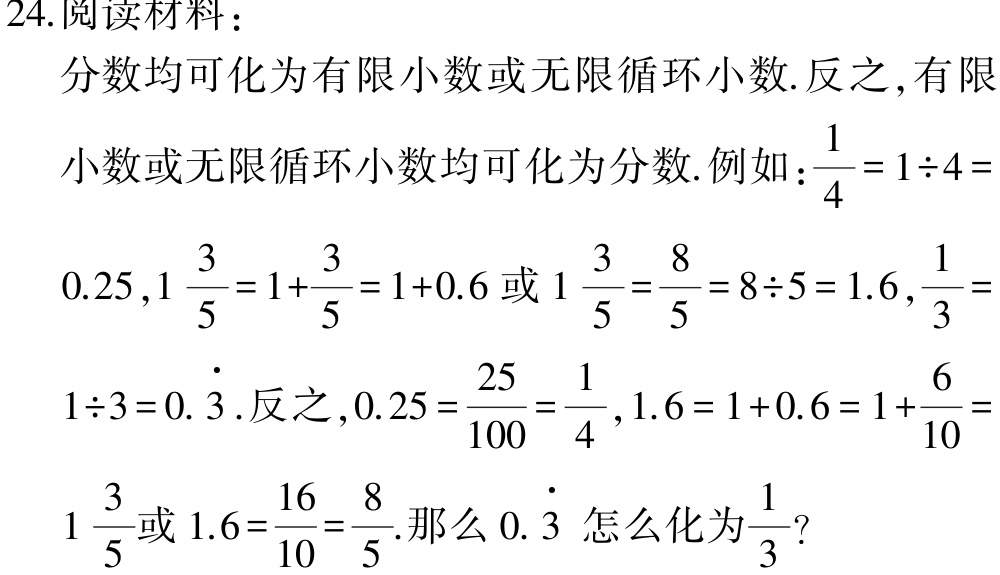
24.阅读材料：

分数均可化为有限小数或无限循环小数.反之,有限

小数或无限循环小数均可化为分数.例如：\(\frac{1}{4}=1\div4 =

0.25,1\frac{3}{5}=1 + \frac{3}{5}=1 + 0.6\)或\(1\frac{3}{5}=\frac{8}{5}=8\div5 = 1.6,\frac{1}{3}=

1\div3 = 0.\dot{3}\).反之,\(0.25=\frac{25}{100}=\frac{1}{4},1.6=1 + 0.6=1+\frac{6}{10}=

1\frac{3}{5}\)或\(1.6=\frac{16}{10}=\frac{8}{5}\).那么\(0.\dot{3}\)怎么化为\(\frac{1}{3}\)?